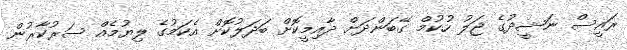
ރައީސް ނަޝީދުގެ ޖަލު ހުކުމް ގޭބަންދަށް ދާއިމީކޮށް ބަދަލުކޮށް އެކަމުގެ ލިޔުމެއް ސަރުކާރުން